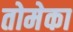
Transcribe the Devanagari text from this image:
तोमेका